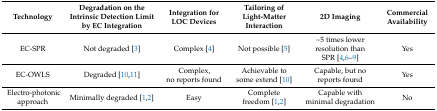
| Technology | Degradation on the Intrinsic Detection Limit by EC Integration | Integration for LOC Devices | Tailoring of Light-Matter Interaction | 2D Imaging | Commercial Availability |
 | --- | --- | --- | --- | --- | --- |
 | EC-SPR | Not degraded [3] | Complex [4] | Not possible [5] | ~5 times lower resolution than SPR [4,6,7,8,9] | Yes |
 | EC-OWLS | Degraded [10,11] | Complex, no reports found | Achievable to some extend [10] | Capable, but no reports found | Yes |
 | Electro-photonic approach | Minimally degraded [1,2] | Easy | Complete freedom [1,2] | Capable with minimal degradation | No |